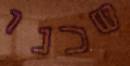
שכנו